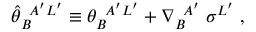
{ \widehat \theta } _ { B } ^ { \; \; A ^ { \prime } L ^ { \prime } } \equiv \theta _ { B } ^ { \; \; A ^ { \prime } L ^ { \prime } } + \nabla _ { B } ^ { \; \; A ^ { \prime } } \; \sigma ^ { L ^ { \prime } } \; ,